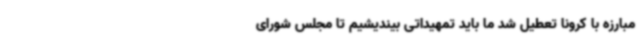
مبارزه با کرونا تعطیل شد ما باید تمهیداتی بیندیشیم تا مجلس شورای